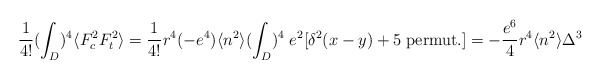
\begin{align*}\frac{1}{4!}(\int_{D})^{4}\langle F_{c}^{2}F_{t}^{2}\rangle =\frac{1}{4!}r^{4}(-e^{4})\langle n^{2}\rangle (\int_{D})^{4}\;e^{2}[\delta^{2}(x-y)+5\;{\rm permut.}]=-\frac{e^{6}}{4}r^{4}\langle n^{2}\rangle\Delta^{3}\end{align*}